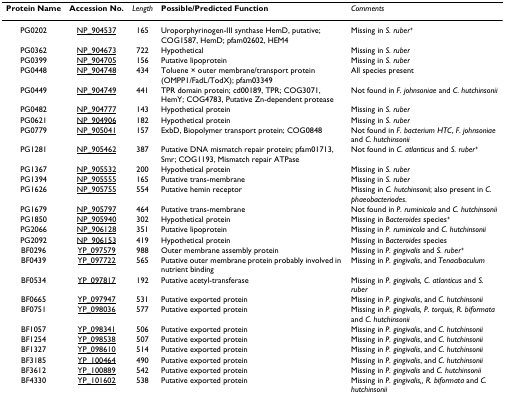
<table><thead><tr><td><b>Protein Name</b></td><td><b>Accession No.</b></td><td><b><i>Length</i></b></td><td><b>Possible/Predicted Function</b></td><td><b><i>Comments</i></b></td></tr></thead><tbody><tr><td>PG0202</td><td>NP_904537</td><td>165</td><td>Uroporphyrinogen-III synthase HemD, putative; COG1587, HemD; pfam02602, HEM4</td><td>Missing in <i>S. ruber</i><sup>+</sup></td></tr><tr><td>PG0362</td><td>NP_904673</td><td>722</td><td>Hypothetical</td><td>Missing in <i>S. ruber</i></td></tr><tr><td>PG0399</td><td>NP_904705</td><td>156</td><td>Putative lipoprotein</td><td>Missing in <i>S. ruber</i></td></tr><tr><td>PG0448</td><td>NP_904748</td><td>434</td><td>Toluene × outer membrane/transport protein (OMPP1/FadL/TodX); pfam03349</td><td>All species present</td></tr><tr><td>PG0449</td><td>NP_904749</td><td>441</td><td>TPR domain protein; cd00189, TPR; COG3071, HemY; COG4783, Putative Zn-dependent protease</td><td>Not found in <i>F. johnsoniae </i>and <i>C. hutchinsonii</i></td></tr><tr><td>PG0482</td><td>NP_904777</td><td>143</td><td>Hypothetical protein</td><td>Missing in <i>S. ruber</i></td></tr><tr><td>PG0621</td><td>NP_904906</td><td>182</td><td>Hypothetical protein</td><td>Missing in <i>S. ruber</i></td></tr><tr><td>PG0779</td><td>NP_905041</td><td>157</td><td>ExbD, Biopolymer transport protein; COG0848</td><td>Not found in <i>F. bacterium HTC</i>, <i>F. johnsoniae </i>and <i>C. hutchinsonii</i></td></tr><tr><td>PG1281</td><td>NP_905462</td><td>387</td><td>Putative DNA mismatch repair protein; pfam01713, Smr; COG1193, Mismatch repair ATPase</td><td>Not found in <i>C. atlanticus </i>and <i>S. ruber</i><sup>+</sup></td></tr><tr><td>PG1367</td><td>NP_905532</td><td>200</td><td>Hypothetical protein</td><td>Missing in <i>S. ruber</i></td></tr><tr><td>PG1394</td><td>NP_905555</td><td>165</td><td>Putative trans-membrane</td><td>Missing in <i>S. ruber</i></td></tr><tr><td>PG1626</td><td>NP_905755</td><td>554</td><td>Putative hemin receptor</td><td>Missing in <i>C. hutchinsonii</i>; also present in <i>C. phaeobacteriodes</i>.</td></tr><tr><td>PG1679</td><td>NP_905797</td><td>464</td><td>Putative trans-membrane</td><td>Not found in <i>P. ruminicola </i>and <i>C. hutchinsonii</i></td></tr><tr><td>PG1850</td><td>NP_905940</td><td>302</td><td>Hypothetical protein</td><td>Missing in <i>Bacteroides </i>species<sup>+</sup></td></tr><tr><td>PG2066</td><td>NP_906128</td><td>351</td><td>Putative lipoprotein</td><td>Missing in <i>P. ruminicola </i>and <i>C. hutchinsonii</i></td></tr><tr><td>PG2092</td><td>NP_906153</td><td>419</td><td>Hypothetical protein</td><td>Missing in <i>Bacteroides </i>species</td></tr><tr><td>BF0296</td><td>YP_097579</td><td>988</td><td>Outer membrane assembly protein</td><td>Missing in <i>P. gingivalis </i>and <i>S. ruber</i><sup>+</sup></td></tr><tr><td>BF0439</td><td>YP_097722</td><td>565</td><td>Putative outer membrane protein probably involved in nutrient binding</td><td>Missing in <i>P. gingivalis</i>, and <i>Tenacibaculum</i></td></tr><tr><td>BF0534</td><td>YP_097817</td><td>192</td><td>Putative acetyl-transferase</td><td>Missing in <i>P. gingivalis, C. atlanticus </i>and <i>S. ruber</i></td></tr><tr><td>BF0665</td><td>YP_097947</td><td>531</td><td>Putative exported protein</td><td>Missing in <i>P. gingivalis</i>, and <i>C. hutchinsonii</i></td></tr><tr><td>BF0751</td><td>YP_098036</td><td>577</td><td>Putative exported protein</td><td>Missing in <i>P. gingivalis, P. torquis, R. biformata </i>and <i>C. hutchinsonii</i></td></tr><tr><td>BF1057</td><td>YP_098341</td><td>506</td><td>Putative exported protein</td><td>Missing in <i>P. gingivalis</i>, and <i>C. hutchinsonii</i></td></tr><tr><td>BF1254</td><td>YP_098538</td><td>507</td><td>Putative exported protein</td><td>Missing in <i>P. gingivalis</i>, and <i>C. hutchinsonii</i></td></tr><tr><td>BF1327</td><td>YP_098610</td><td>514</td><td>Putative exported protein</td><td>Missing in <i>P. gingivalis</i>, and <i>C. hutchinsonii</i></td></tr><tr><td>BF3185</td><td>YP_100464</td><td>490</td><td>Putative exported protein</td><td>Missing in <i>P. gingivalis</i>, and <i>C. hutchinsonii</i></td></tr><tr><td>BF3612</td><td>YP_100889</td><td>542</td><td>Putative exported protein</td><td>Missing in <i>P. gingivalis </i>and <i>C. hutchinsonii</i></td></tr><tr><td>BF4330</td><td>YP_101602</td><td>538</td><td>Putative exported protein</td><td>Missing in <i>P. gingivalis,, R. biformata </i>and <i>C. hutchinsonii</i></td></tr></tbody></table>